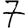
Digit: 7